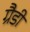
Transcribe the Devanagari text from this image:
ग्रैडी